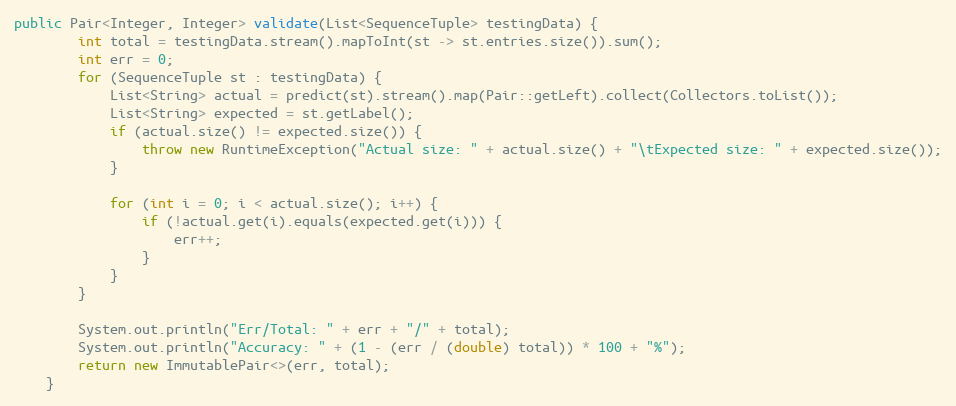
Language: Java
public Pair<Integer, Integer> validate(List<SequenceTuple> testingData) {
        int total = testingData.stream().mapToInt(st -> st.entries.size()).sum();
        int err = 0;
        for (SequenceTuple st : testingData) {
            List<String> actual = predict(st).stream().map(Pair::getLeft).collect(Collectors.toList());
            List<String> expected = st.getLabel();
            if (actual.size() != expected.size()) {
                throw new RuntimeException("Actual size: " + actual.size() + "\tExpected size: " + expected.size());
            }

            for (int i = 0; i < actual.size(); i++) {
                if (!actual.get(i).equals(expected.get(i))) {
                    err++;
                }
            }
        }

        System.out.println("Err/Total: " + err + "/" + total);
        System.out.println("Accuracy: " + (1 - (err / (double) total)) * 100 + "%");
        return new ImmutablePair<>(err, total);
    }